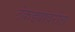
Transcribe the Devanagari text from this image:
टेकड्यांवरील